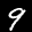
Label: 9